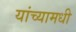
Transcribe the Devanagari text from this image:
यांच्यामधी